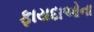
ફાયદાઓના